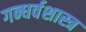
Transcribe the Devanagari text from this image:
गन्धर्वशास्त्र